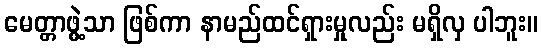
မေတ္တာဖွဲ့သာ ဖြစ်ကာ နာမည်ထင်ရှားမှုလည်း မရှိလှ ပါဘူး။